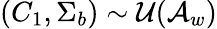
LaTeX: (C_{1},\Sigma_{b})\sim\mathcal{U}(\mathcal{A}_{w})